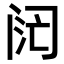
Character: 𬮧